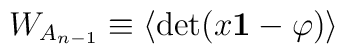
W_{A_{n-1}}\equiv \langle\mbox{det} (x{\bf 1}-\varphi)\rangle